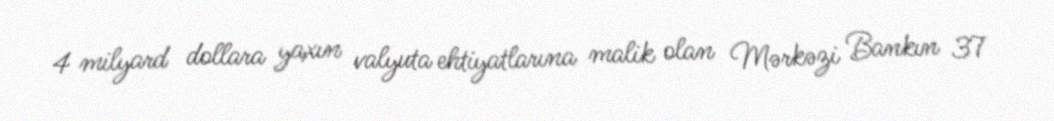
4 milyard dollara yaxın valyuta ehtiyatlarına malik olan Mərkəzi Bankın 37